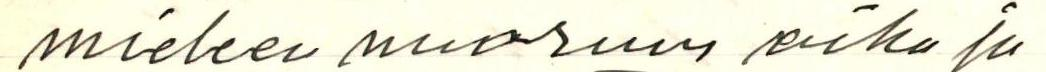
mieleev nuoruus aika ja